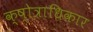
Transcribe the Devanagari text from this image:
क्ष्‍ोत्राधिकार